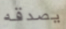
يصدقه